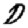
Digit: 0